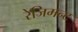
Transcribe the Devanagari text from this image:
रेजिमन्ट